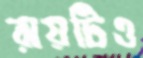
রায়টিও